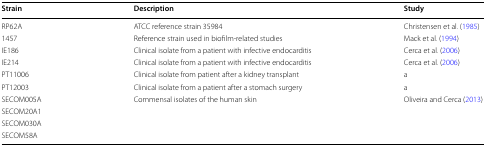
<table><thead><tr><td><b>Strain</b></td><td><b>Description</b></td><td><b>Study</b></td></tr></thead><tbody><tr><td>RP62A</td><td>ATCC reference strain 35984</td><td>Christensen et al. (1985)</td></tr><tr><td>1457</td><td>Reference strain used in biofilm-related studies</td><td>Mack et al. (1994)</td></tr><tr><td>IE186</td><td>Clinical isolate from a patient with infective endocarditis</td><td>Cerca et al. (2006)</td></tr><tr><td>IE214</td><td>Clinical isolate from a patient with infective endocarditis</td><td>Cerca et al. (2006)</td></tr><tr><td>PT11006</td><td>Clinical isolate from patient after a kidney transplant</td><td>a</td></tr><tr><td>PT12003</td><td>Clinical isolate from a patient after a stomach surgery</td><td>a</td></tr><tr><td>SECOM005A</td><td rowspan="4">Commensal isolates of the human skin</td><td rowspan="4">Oliveira and Cerca (2013)</td></tr><tr><td>SECOM20A1</td></tr><tr><td>SECOM030A</td></tr><tr><td>SECOM58A</td></tr></tbody></table>